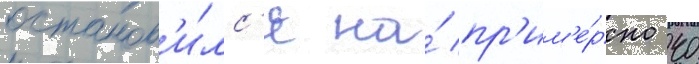
останов'и́лс'я на́ пр'им'е́рно 40